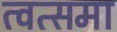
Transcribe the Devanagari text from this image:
त्वत्समा